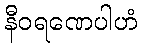
နီဝရဏေပါဟံ